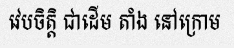
វេបចិត្តិ ជាដើម តាំង នៅក្រោម